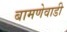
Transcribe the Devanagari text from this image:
बामणेवाडी